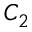
C _ { 2 }